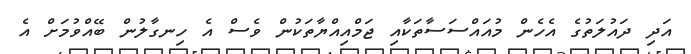
އަދި ދައުލަތުގެ އެހެން މުއައްސަސާތަކާއި ޖަމްއިއްޔާތަކުން ވެސް އެ ހިނގާލުން ބޭއްވުމަށް އެ